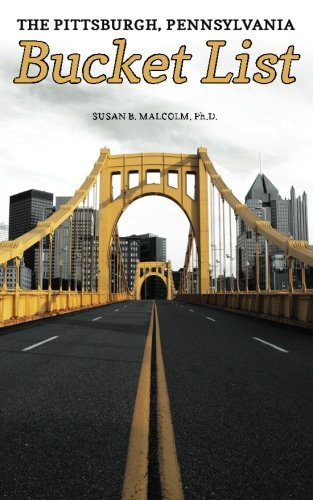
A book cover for The Pittsburgh, Pennsylvania Bucket List; Susan B. Malcolm Ph.D.; Travel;